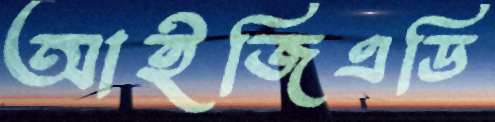
আইজিএডি